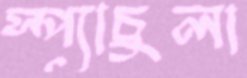
স্প্যাচুলা